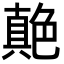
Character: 𦫭